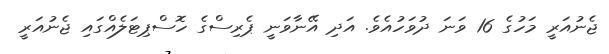
ޖެނުއަރީ މަހުގެ 16 ވަނަ ދުވަހުއެވެ. އަދި އޭނާވަނީ ޕެރިސްގެ ހޮސްޕިޓަލެއްގައި ޖެނުއަރީ